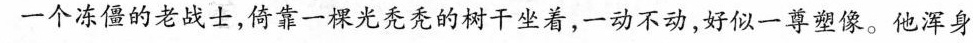
一个冻僵的老战士，倚靠一棵光秃秃的树干坐着，一动不动，好似一尊塑像。他浑身